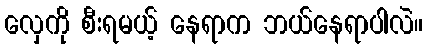
လှေကို စီးရမယ့် နေရာက ဘယ်နေရာပါလဲ။